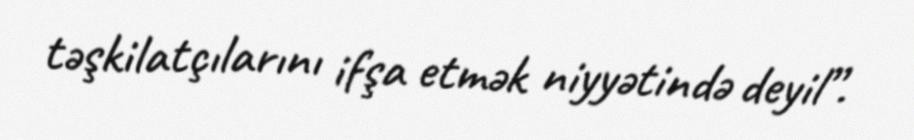
təşkilatçılarını ifşa etmək niyyətində deyil”.